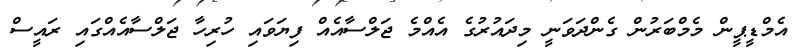
އެމްޑީޕީން މެމްބަރުން ގެންދަވަނީ މިދައުރުގެ އެއްމެ ޖަލްސާއެއް ފިޔަވައި ހުރިހާ ޖަލްސާއެއްގައި ރައީސް